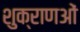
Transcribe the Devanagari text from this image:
शुक्राणओं